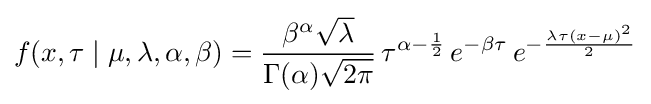
f(x,\tau \mid \mu ,\lambda ,\alpha ,\beta )={\frac {\beta ^{\alpha }{\sqrt {\lambda }}}{\Gamma (\alpha ){\sqrt {2\pi }}}}\,\tau ^{\alpha -{\frac {1}{2}}}\,e^{-\beta \tau }\,e^{-{\frac {\lambda \tau (x-\mu )^{2}}{2}}}